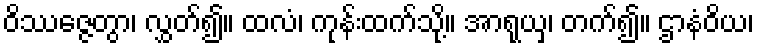
ဝိဿဇ္ဇေတွာ၊ လွှတ်၍။ ထလံ၊ ကုန်းထက်သို့။ အာရုယှ၊ တက်၍။ ဌာနံဝိယ၊